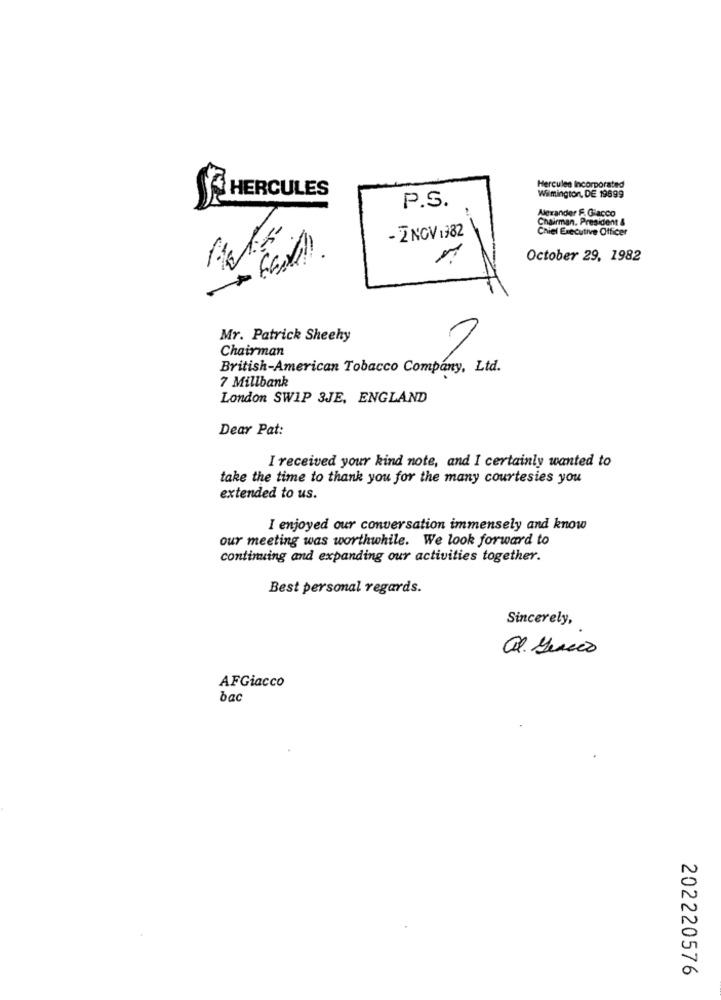
Hercules Incorporated
SE HERCULES
Wilmington, DE 19899
P.S.
Chairman. President &
Alexander F. Giacco
Chief Executive Officer
- 2 NOV 1982
October 29, 1982
Mr. Patrick Sheehy
Chairman
British-American Tobacco Company, Ltd.
7 Millbank
London SWIP 3JE, ENGLAND
Dear Pat:
I received your kind note, and I certainly wanted to
take the time to thank you for the many courtesies you
extended to us.
I enjoyed our conversation immensely and know
our meeting was worthwhile. We look forward to
continuing and expanding our activities together.
Best personal regards.
Sincerely,
AFGiacco
bac
202220576